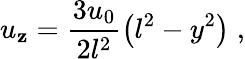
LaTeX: u_{\mathbf{z}}=\frac{{3u_{0}}}{{2l^{2}}}\left(l^{2}-y^{2}\right)\; ,